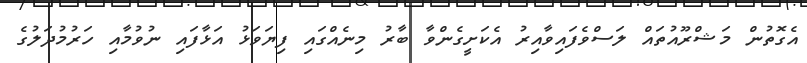
އެގޮތުން މަޝްރޫއުތައް ލަސްވެފައިވާއިރު އެކަށީގެންވާ ބާރު މިނެއްގައި ފިޔަވަޅު އަޅާފައި ނުވުމާއި ހަރުމުދަލުގެ